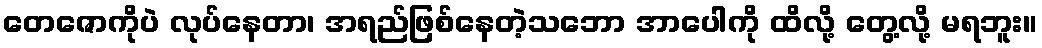
တေဇောကိုပဲ လုပ်နေတာ၊ အရည်ဖြစ်နေတဲ့သဘော အာပေါကို ထိလို့ တွေ့လို့ မရဘူး။